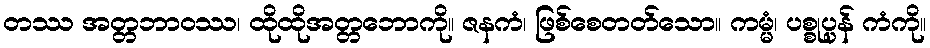
တဿ အတ္တဘာဝဿ၊ ထိုထိုအတ္တဘောကို။ ဇနကံ၊ ဖြစ်စေတတ်သော။ ကမ္မံ၊ ပစ္စုပ္ပန် ကံကို။